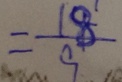
= \frac { 1 8 } { 9 }